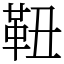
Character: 靵